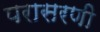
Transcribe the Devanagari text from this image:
परासरणी